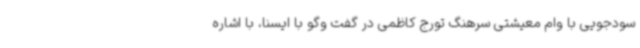
سودجویی با وام معیشتی سرهنگ تورج کاظمی در گفت وگو با ایسنا، با اشاره